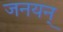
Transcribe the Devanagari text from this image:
जनयन्